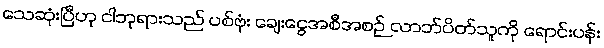
သေဆုံးပြီဟု ငါဘုရားသည် ပစ်ဗုံး ချေးငွေအစီအစဉ် လာဘ်ပိတ်သူကို ရောင်းပန်း